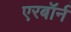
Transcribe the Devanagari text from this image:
एरबॉर्न